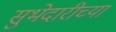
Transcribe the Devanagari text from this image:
सुभेदारीच्या